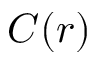
C ( r )